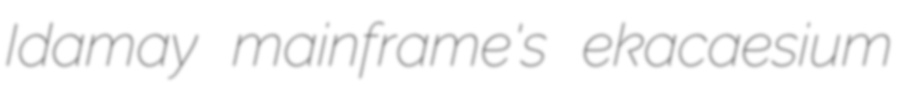
Idamay mainframe's ekacaesium